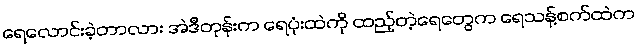
ရေလောင်းခဲ့တာလား အဲဒီတုန်းက ရေပုံးထဲကို ထည့်တဲ့ရေတွေက ရေသန့်စက်ထဲက